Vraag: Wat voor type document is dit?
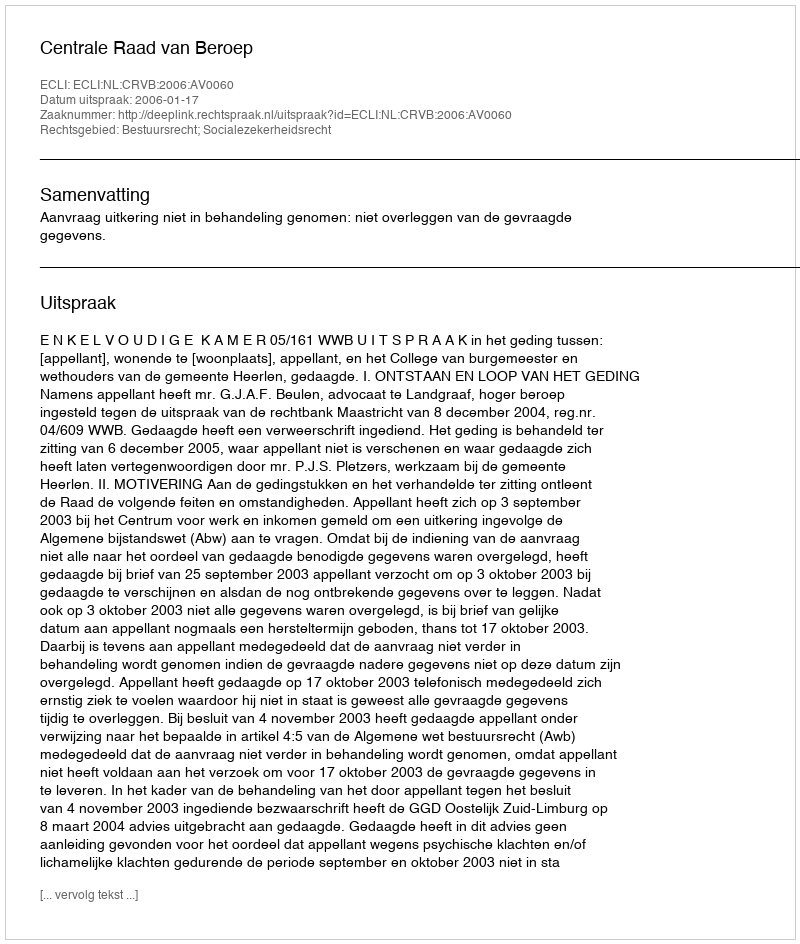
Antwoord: Uitspraak